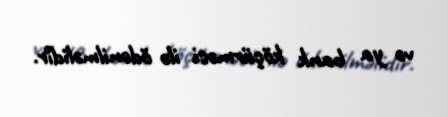
və ya bank köçürməsi ilə ödənilməlidir.